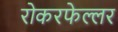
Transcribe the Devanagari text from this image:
रोकरफेल्लर